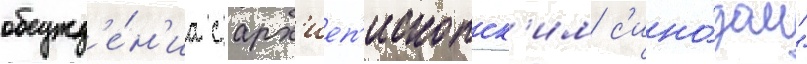
обсужд'е́н'иа с арх'иеп'ископск'им с'ино́дом"